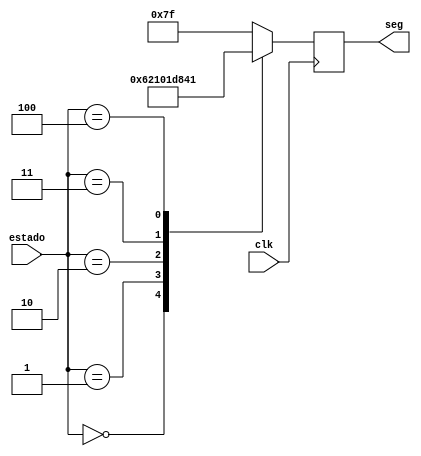
`timescale 1ns / 1ps
//////////////////////////////////////////////////////////////////////////////////
// Company: 
// Engineer: 
// 
// Design Name: 
// Module Name:    letrato7seg 
// Project Name: 
// Target Devices: 
// Tool versions: 
// Description: 
//
// Dependencies: 
//
// Revision: 
// Revision 0.01 - File Created
// Additional Comments: 
//
//////////////////////////////////////////////////////////////////////////////////
module letrato7seg(input wire [2:0] estado,input wire clk, output reg [6:0] seg
    );


initial begin 

seg <= 7'b0000000;
end
always @(posedge clk) begin

case(estado) 
3'b000:begin 
seg <= 7'b1100010; // Nada 0
end

3'b001:begin 
seg <= 7'b0001000; //Aviso A
end


3'b010:begin 
seg <= 7'b0000111;//Cero C
end

3'b011:begin 
seg <= 7'b0110000; // emergencia E
end


3'b100:begin 
seg <= 7'b1000001; //ventilacion V
end




default: begin
seg <= 7'b1111111;
end




endcase



end





endmodule